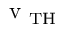
\textrm { v } _ { \mathrm { T H } }